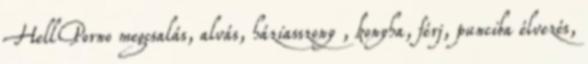
HellPorno megcsalás, alvás, háziasszony , konyha, férj, punciba élvezés,